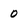
Character: 0